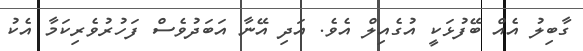
ގާބިލު އެއް ބޭފުޅަކީ އުގެއިލް އެވެ. އަދި އޭނާ އަބަދުވެސް ފަހުރުވެރިކަމާ އެކު